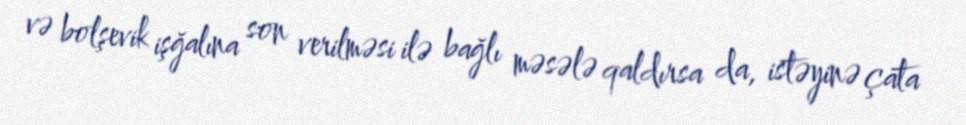
və bolşevik işğalına son verilməsi ilə bağlı məsələ qaldırsa da, istəyinə çata